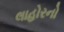
લાહોરનો